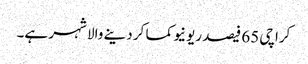
کراچی 65 فیصد ریونیو کما کر دینے والا شہر ہے۔